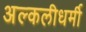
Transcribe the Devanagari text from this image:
अल्कलीधर्मी